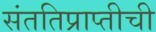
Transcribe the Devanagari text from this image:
संततिप्राप्तीची